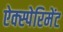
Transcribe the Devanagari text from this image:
ऐक्स्पेरिमेंट